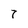
Character: 7